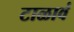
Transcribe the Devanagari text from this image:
टाळावं